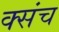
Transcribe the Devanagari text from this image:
क्संच